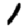
Digit: 1